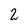
Character: 2